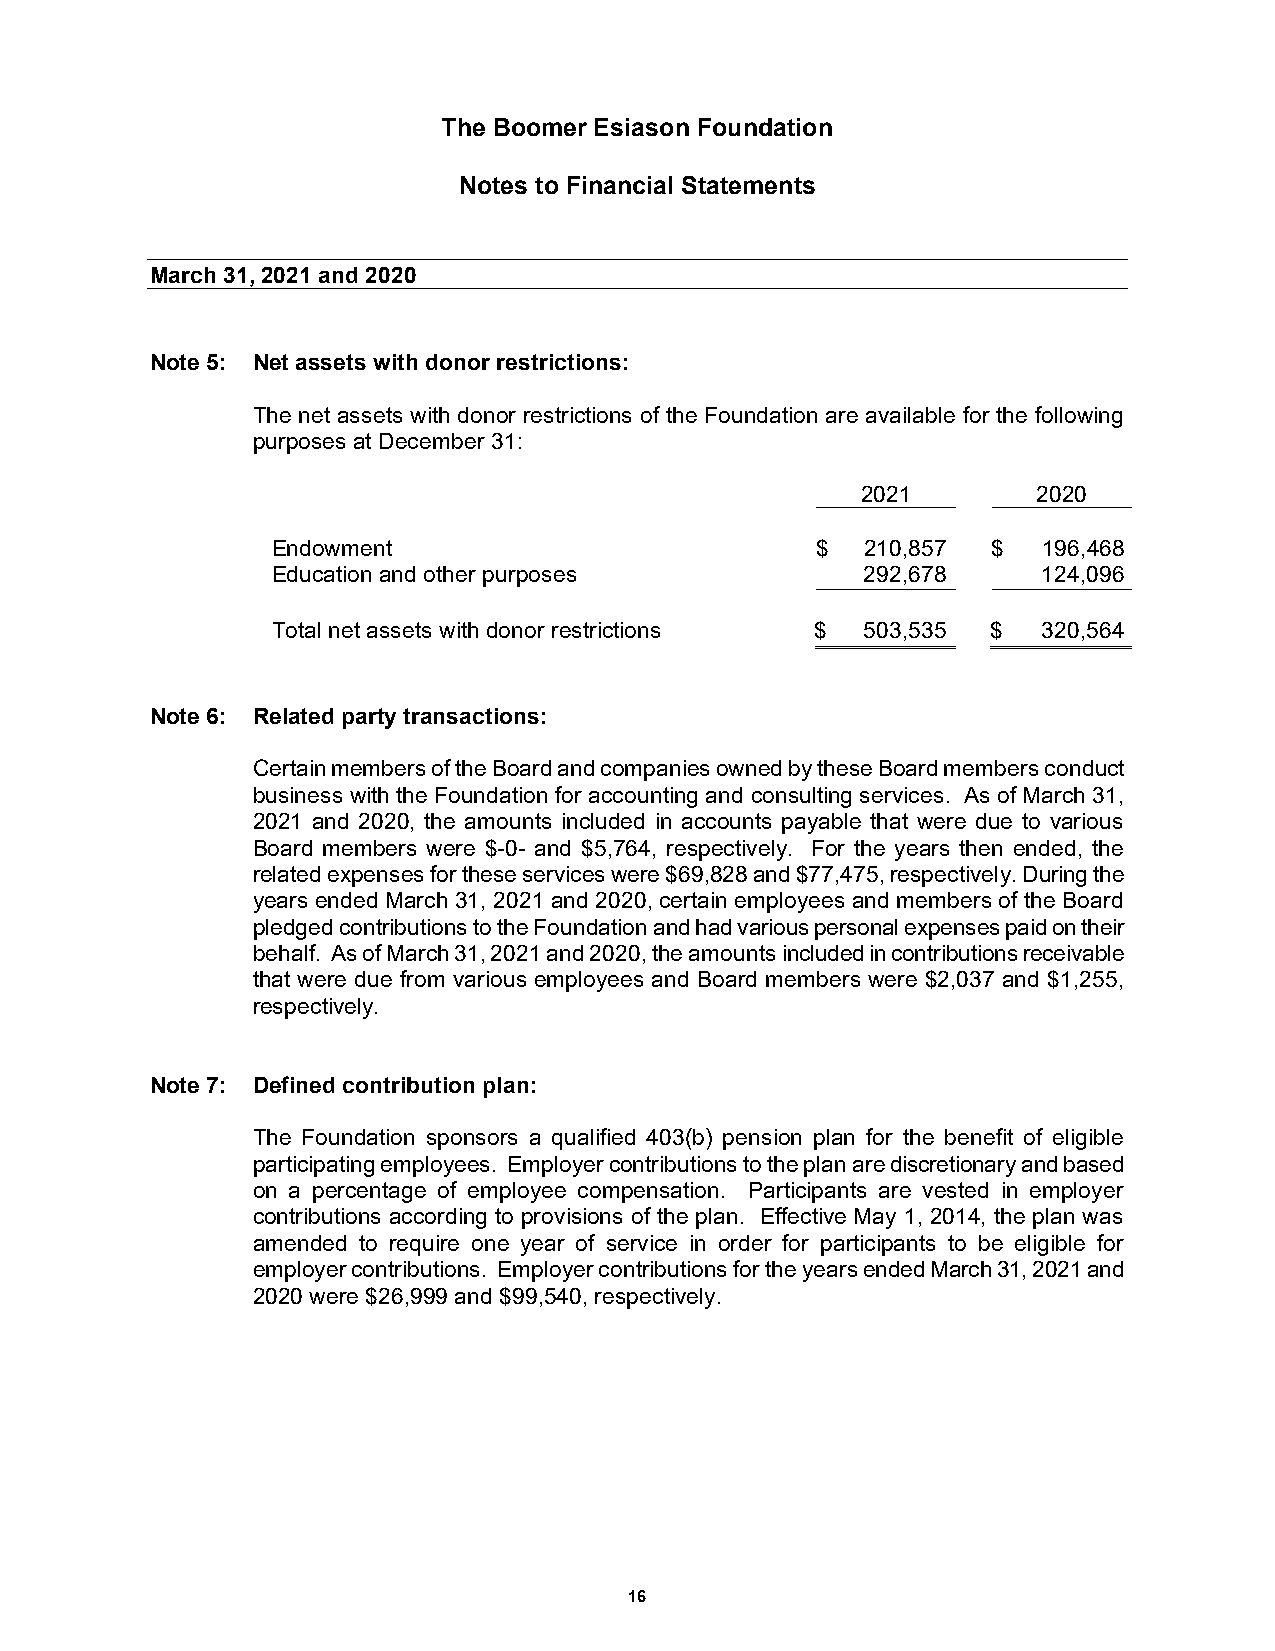
The Boomer Esiason Foundation
 Notes to Financial Statements
 M arch 31, 2021 and 2020
 Note 5: Net assets with donor restrictions:
 The net assets with donor restrictions of the Foundation are available for the following
 purposes at December 31:
 2021        2020
 Endowment                           $  210,857  $  196,468
 Education and other purposes           292,678     124,096
 Total net assets with donor restrictions $ 503,535 $ 320,564
 Note 6: Related party transactions:
 Certain members of the Board and companies owned by these Board members conduct
 business with the Foundation for accounting and consulting services. As of March 31,
 2021 and 2020, the amounts included in accounts payable that were due to various
 Board members were $-0- and $5,764, respectively. For the years then ended, the
 related expenses for these services were $69,828 and $77,475, respectively. During the
 years ended March 31, 2021 and 2020, certain employees and members of the Board
 pledged contributions to the Foundation and had various personal expenses paid on their
 behalf. As of March 31, 2021 and 2020, the amounts included in contributions receivable
 that were due from various employees and Board members were $2,037 and $1,255,
 respectively.
 Note 7: Defined contribution plan:
 The Foundation sponsors a qualified 403(b) pension plan for the benefit of eligible
 participating employees. Employer contributions to the plan are discretionary and based
 on a percentage of employee compensation. Participants are vested in employer
 contributions according to provisions of the plan. Effective May 1, 2014, the plan was
 amended to require one year of service in order for participants to be eligible for
 employer contributions. Employer contributions for the years ended March 31, 2021 and
 2020 were $26,999 and $99,540, respectively.
 16